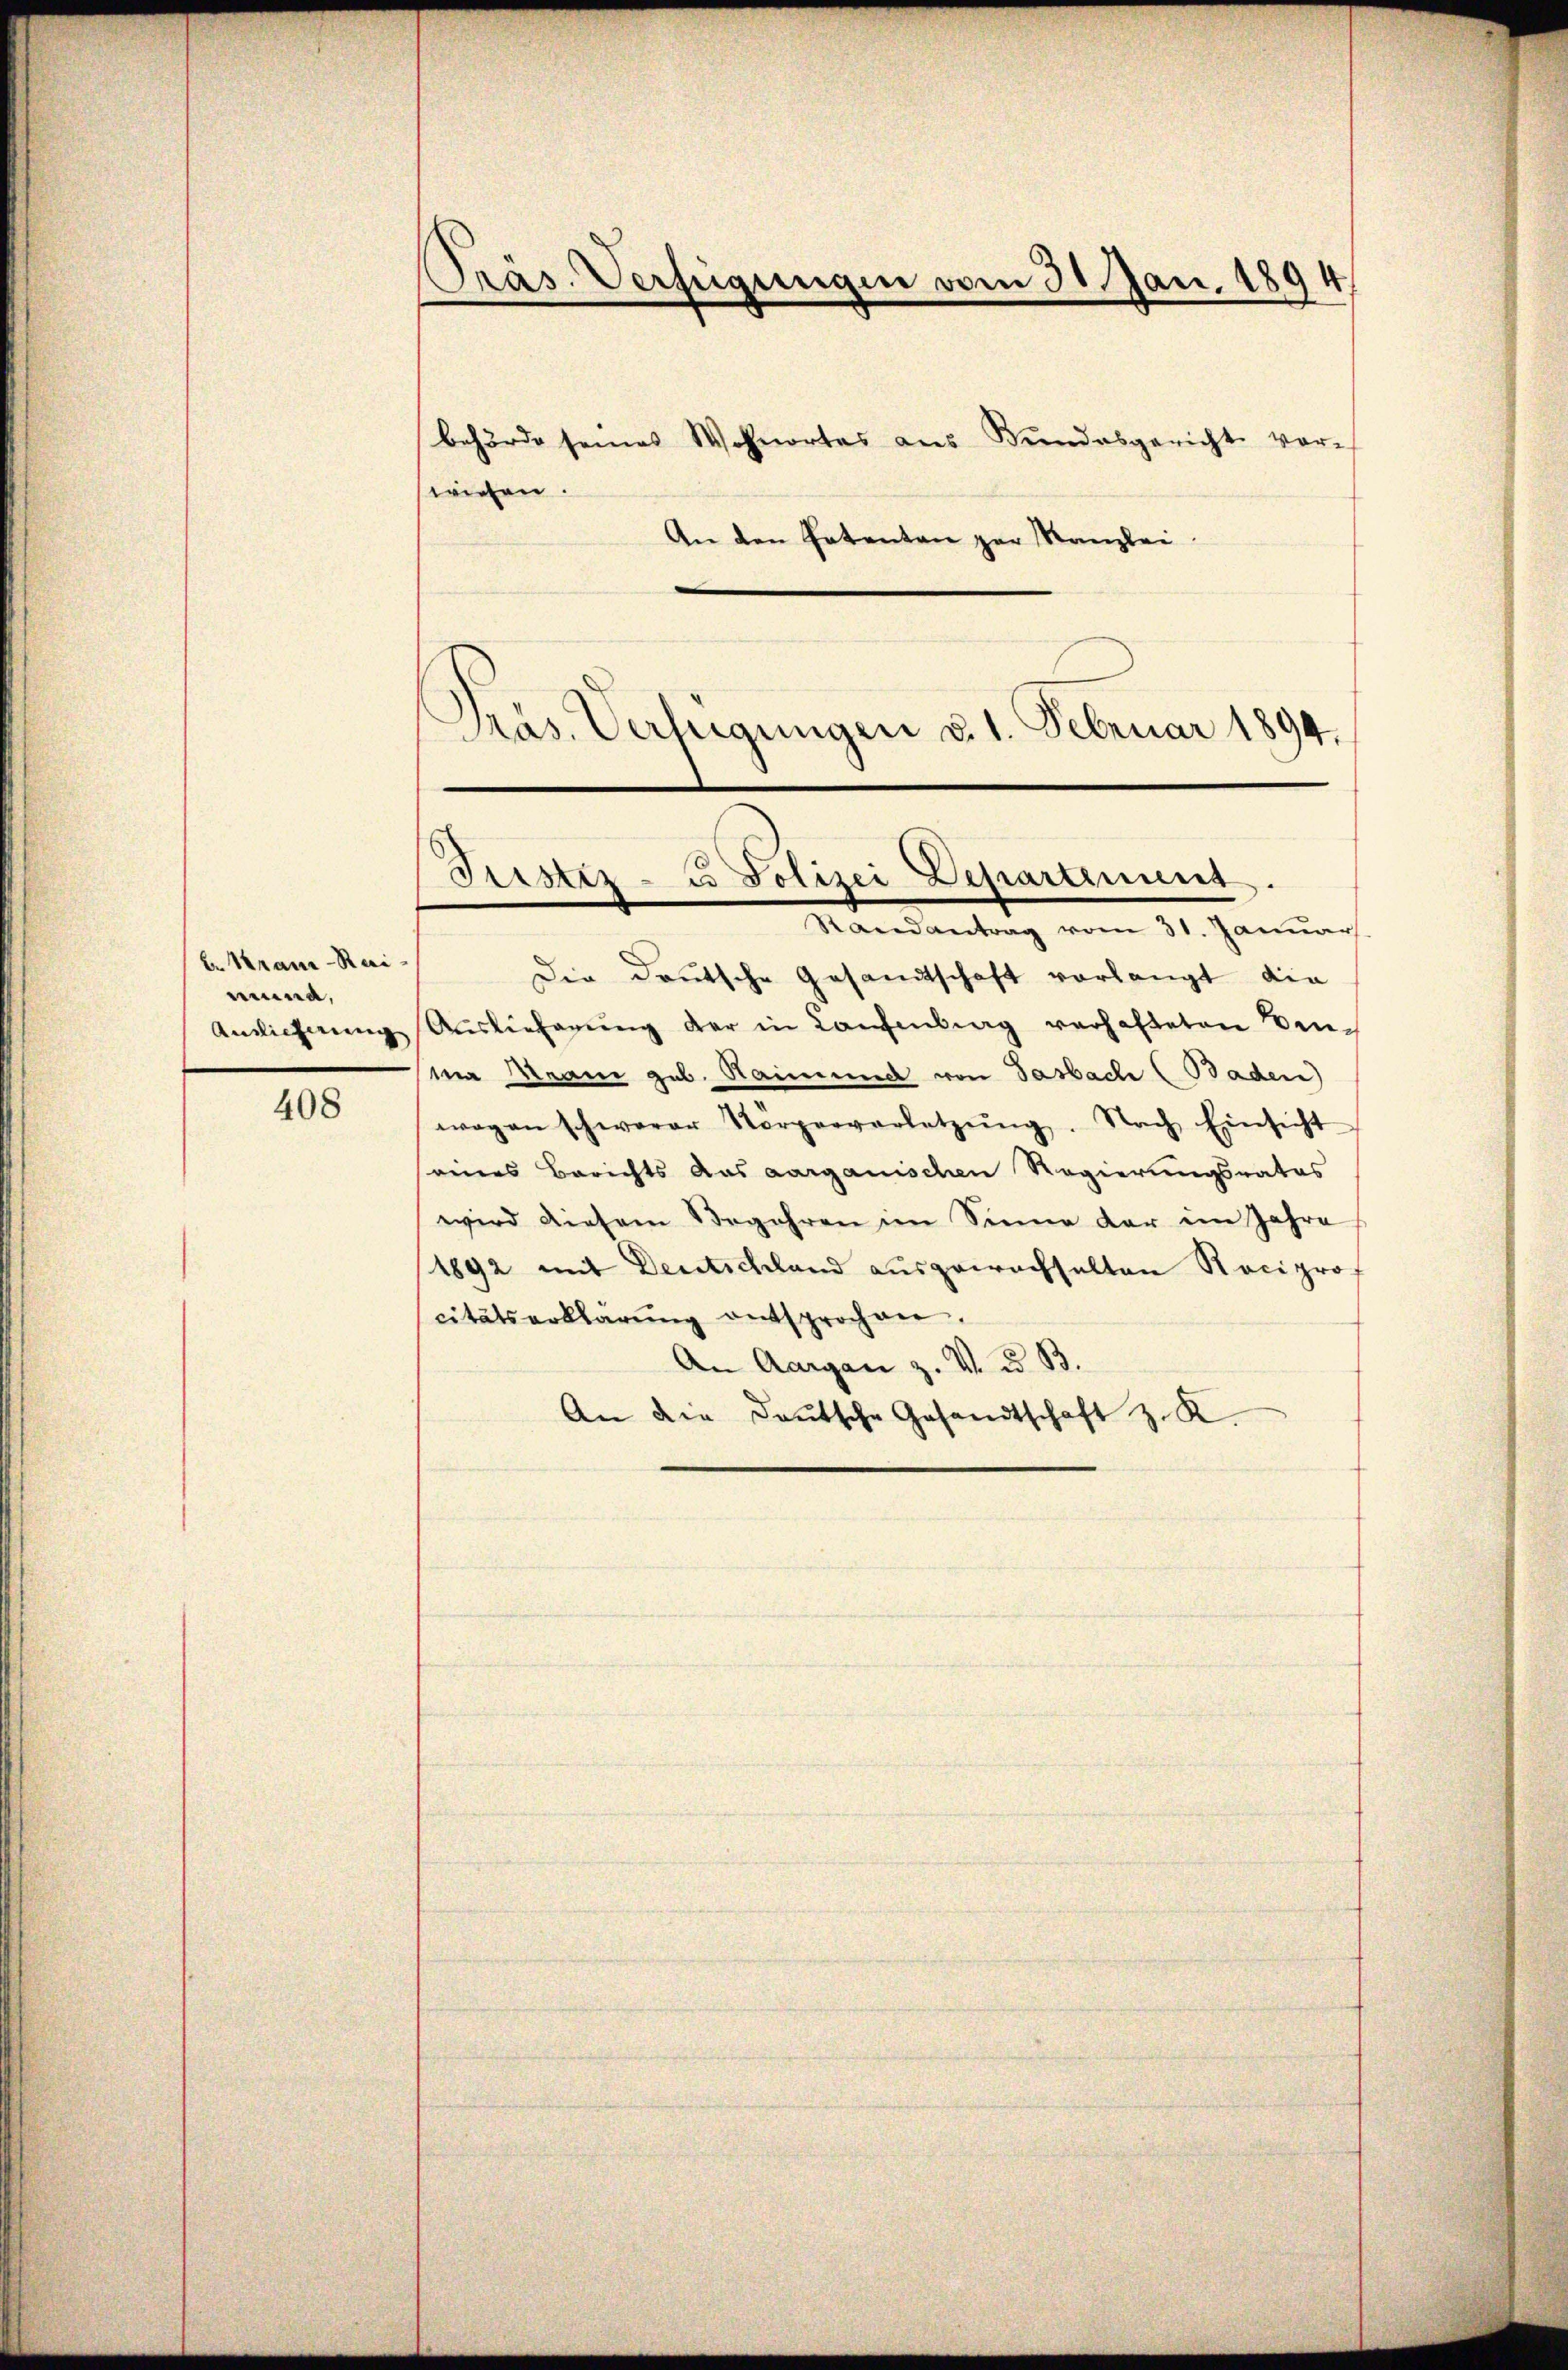
b. Kranz-Raimund,
Auslieferung

408

Präs. Verfügungen vom 30. Jan. 1894
behörde seines Wohnortes aus Bŭndesgericht vor-
wiesen.
An den Patenten zur Kanzlei.

Justiz- u Polizei Departement.
Mandantrag vom 31. Januar

Präs. Verfügungen v. 1. Februar 1894.

Die Deutsche Gesandtschaft vorlangt, die
Auslieferŭng der in Laufenburg verhafteten Benma Mann geb. Raimund von Sasbach (Baden)
wagen schwerer Körperverletzŭng. Nach Einsicht
eines Berichts aus aarganischen Regierungsrates
wird diesem Begehren im Sinne der im Jahre
1892 mit Deutschland ausgewachselten Reciprof
citätserklärŭng entsprochen.
An Aargau z. V. u. B.
An die Daŭtsche Gesandtschaft z. K.